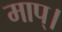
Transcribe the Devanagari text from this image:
माप्।